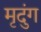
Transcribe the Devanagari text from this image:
मृदुंग